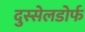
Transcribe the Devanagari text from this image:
दुस्सेलडोर्फ